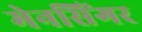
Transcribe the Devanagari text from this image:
मेनसिंगर